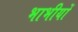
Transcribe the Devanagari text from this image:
भाभीयों